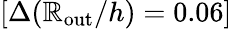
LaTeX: [\Delta(\mathbb{R}_{\mathrm{{out}}}/h)=0.06]